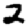
Digit: 2